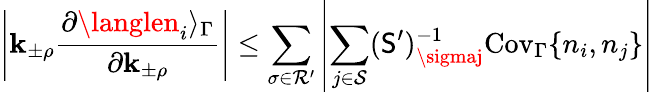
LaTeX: \left|\mathbf{k}_{\pm\rho}\frac{{\partial\langlen_{i}\rangle_{\Gamma}}}{{\partial\mathbf{k}_{\pm\rho}}}\right|\leq\sum_{\sigma\in\mathcal{{R}}^{\prime}}\left|\sum_{j\in\mathcal{{S}}}(\mathsf{{S}}^{\prime})_{\sigmaj}^{-1}\mathrm{{Cov}}_{\Gamma}\{ n_{i},n_{j}\} \right|